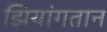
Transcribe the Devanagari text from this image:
झियांगतान